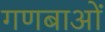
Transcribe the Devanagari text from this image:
गणबाओं